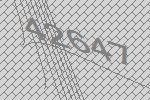
42647